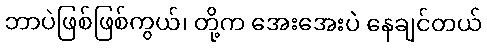
ဘာပဲဖြစ်ဖြစ်ကွယ်၊ တို့က အေးအေးပဲ နေချင်တယ်